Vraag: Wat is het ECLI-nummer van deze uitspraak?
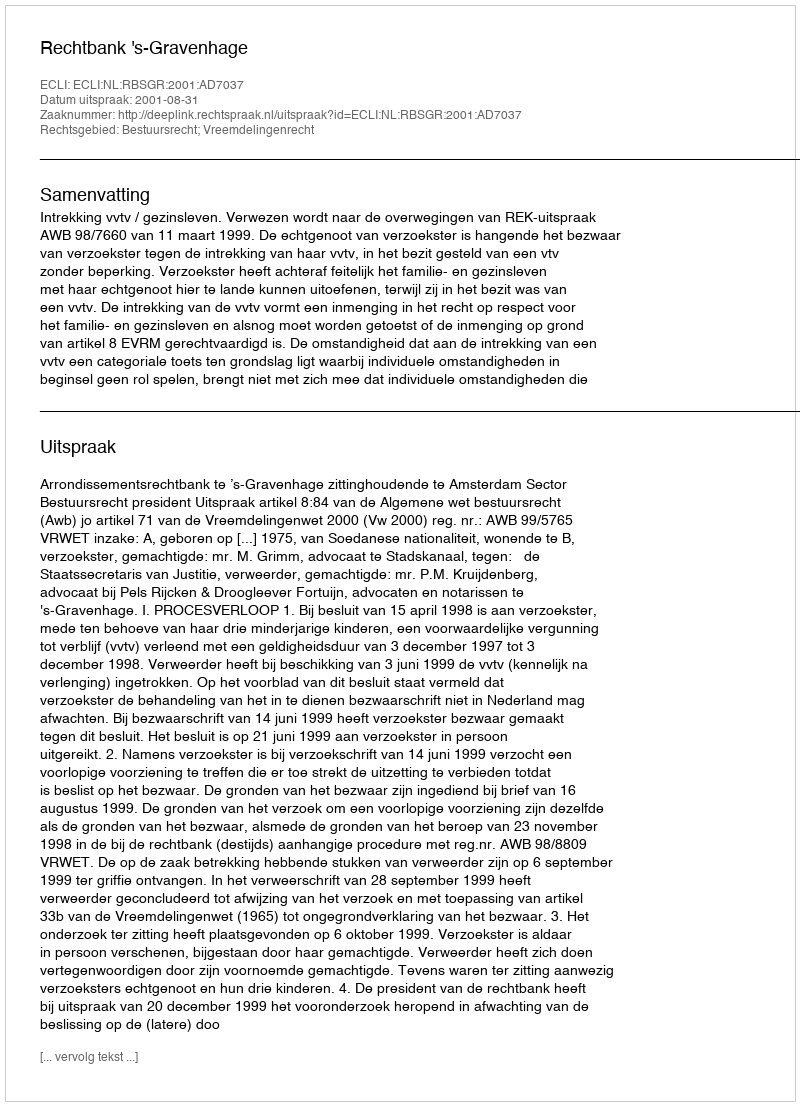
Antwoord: ECLI:NL:RBSGR:2001:AD7037